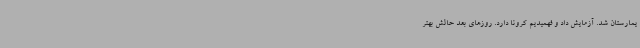
یمارستان شد. آزمایش داد و فهمیدیم کرونا دارد. روزهای بعد حالش بهتر